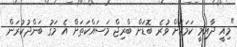
"މިއީ ދާއިމީ ކަމަކަށް ވުރެ ބޮޑަށް ބްރިޖް މަސައްކަތަށްް އެ މަގު ބަންދުކުރަން